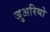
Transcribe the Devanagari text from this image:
जुअरियो